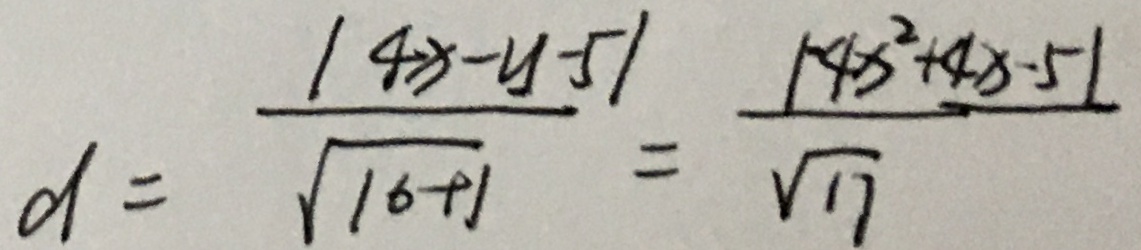
d = \frac { \vert 4 x - y - 5 \vert } { \sqrt { 1 6 + 1 } } = \frac { \vert 1 - 4 x ^ { 2 } + 4 x - 5 \vert } { \sqrt { 1 7 } }